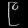
Digit: ၉